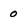
Character: 0